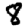
Digit: 8